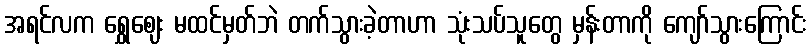
အရင်လက ရွှေဈေး မထင်မှတ်ဘဲ တက်သွားခဲ့တာဟာ သုံးသပ်သူတွေ မှန်းတာကို ကျော်သွားကြောင်း